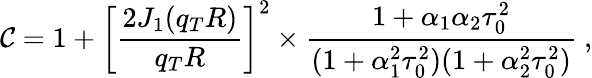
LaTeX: \mathcal{C}=1+\left[\frac{{2J_{1}(q_{T}R)}}{{q_{T}R}}\right]^{2}\times\frac{{1+\alpha_{1}\alpha_{2}\tau_{0}^{2}}}{{(1+\alpha_{1}^{2}\tau_{0}^{2})(1+\alpha_{2}^{2}\tau_{0}^{2})}}~,